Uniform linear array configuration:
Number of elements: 48
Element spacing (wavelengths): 0.5
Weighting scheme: blackman
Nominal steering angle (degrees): -45
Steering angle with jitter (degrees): -46.416
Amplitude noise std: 0.05
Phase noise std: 0.05

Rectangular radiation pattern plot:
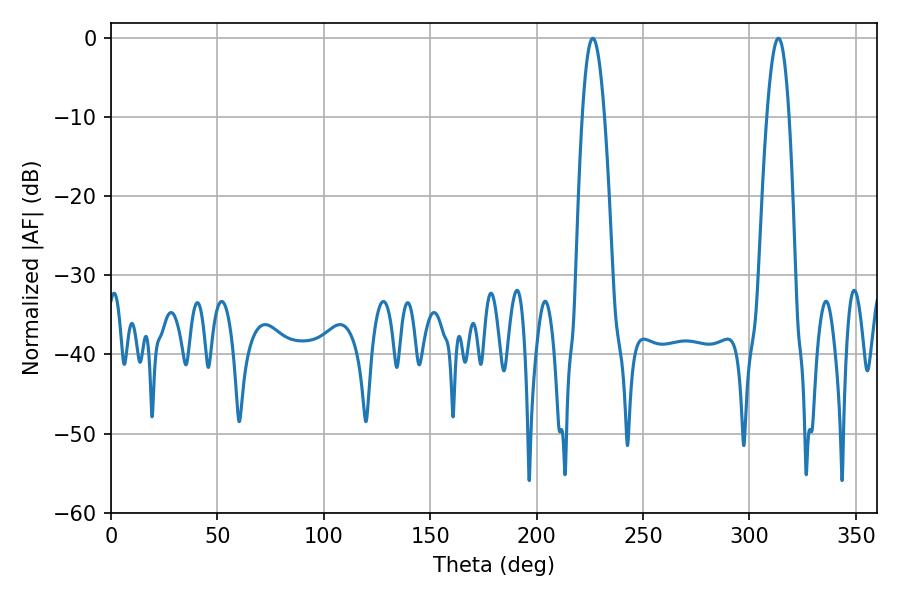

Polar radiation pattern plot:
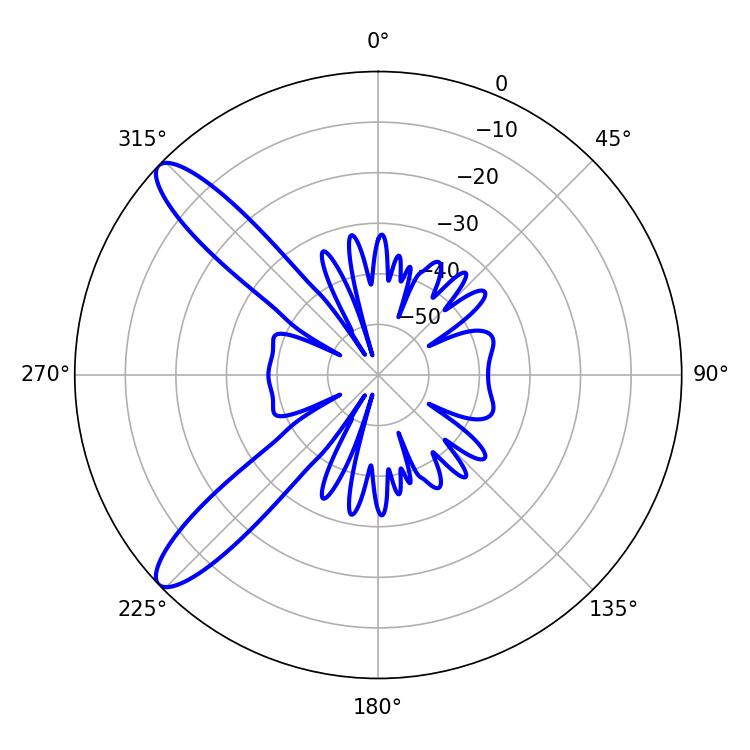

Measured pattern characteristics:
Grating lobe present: FALSE
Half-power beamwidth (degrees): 5.76
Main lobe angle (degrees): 313.56